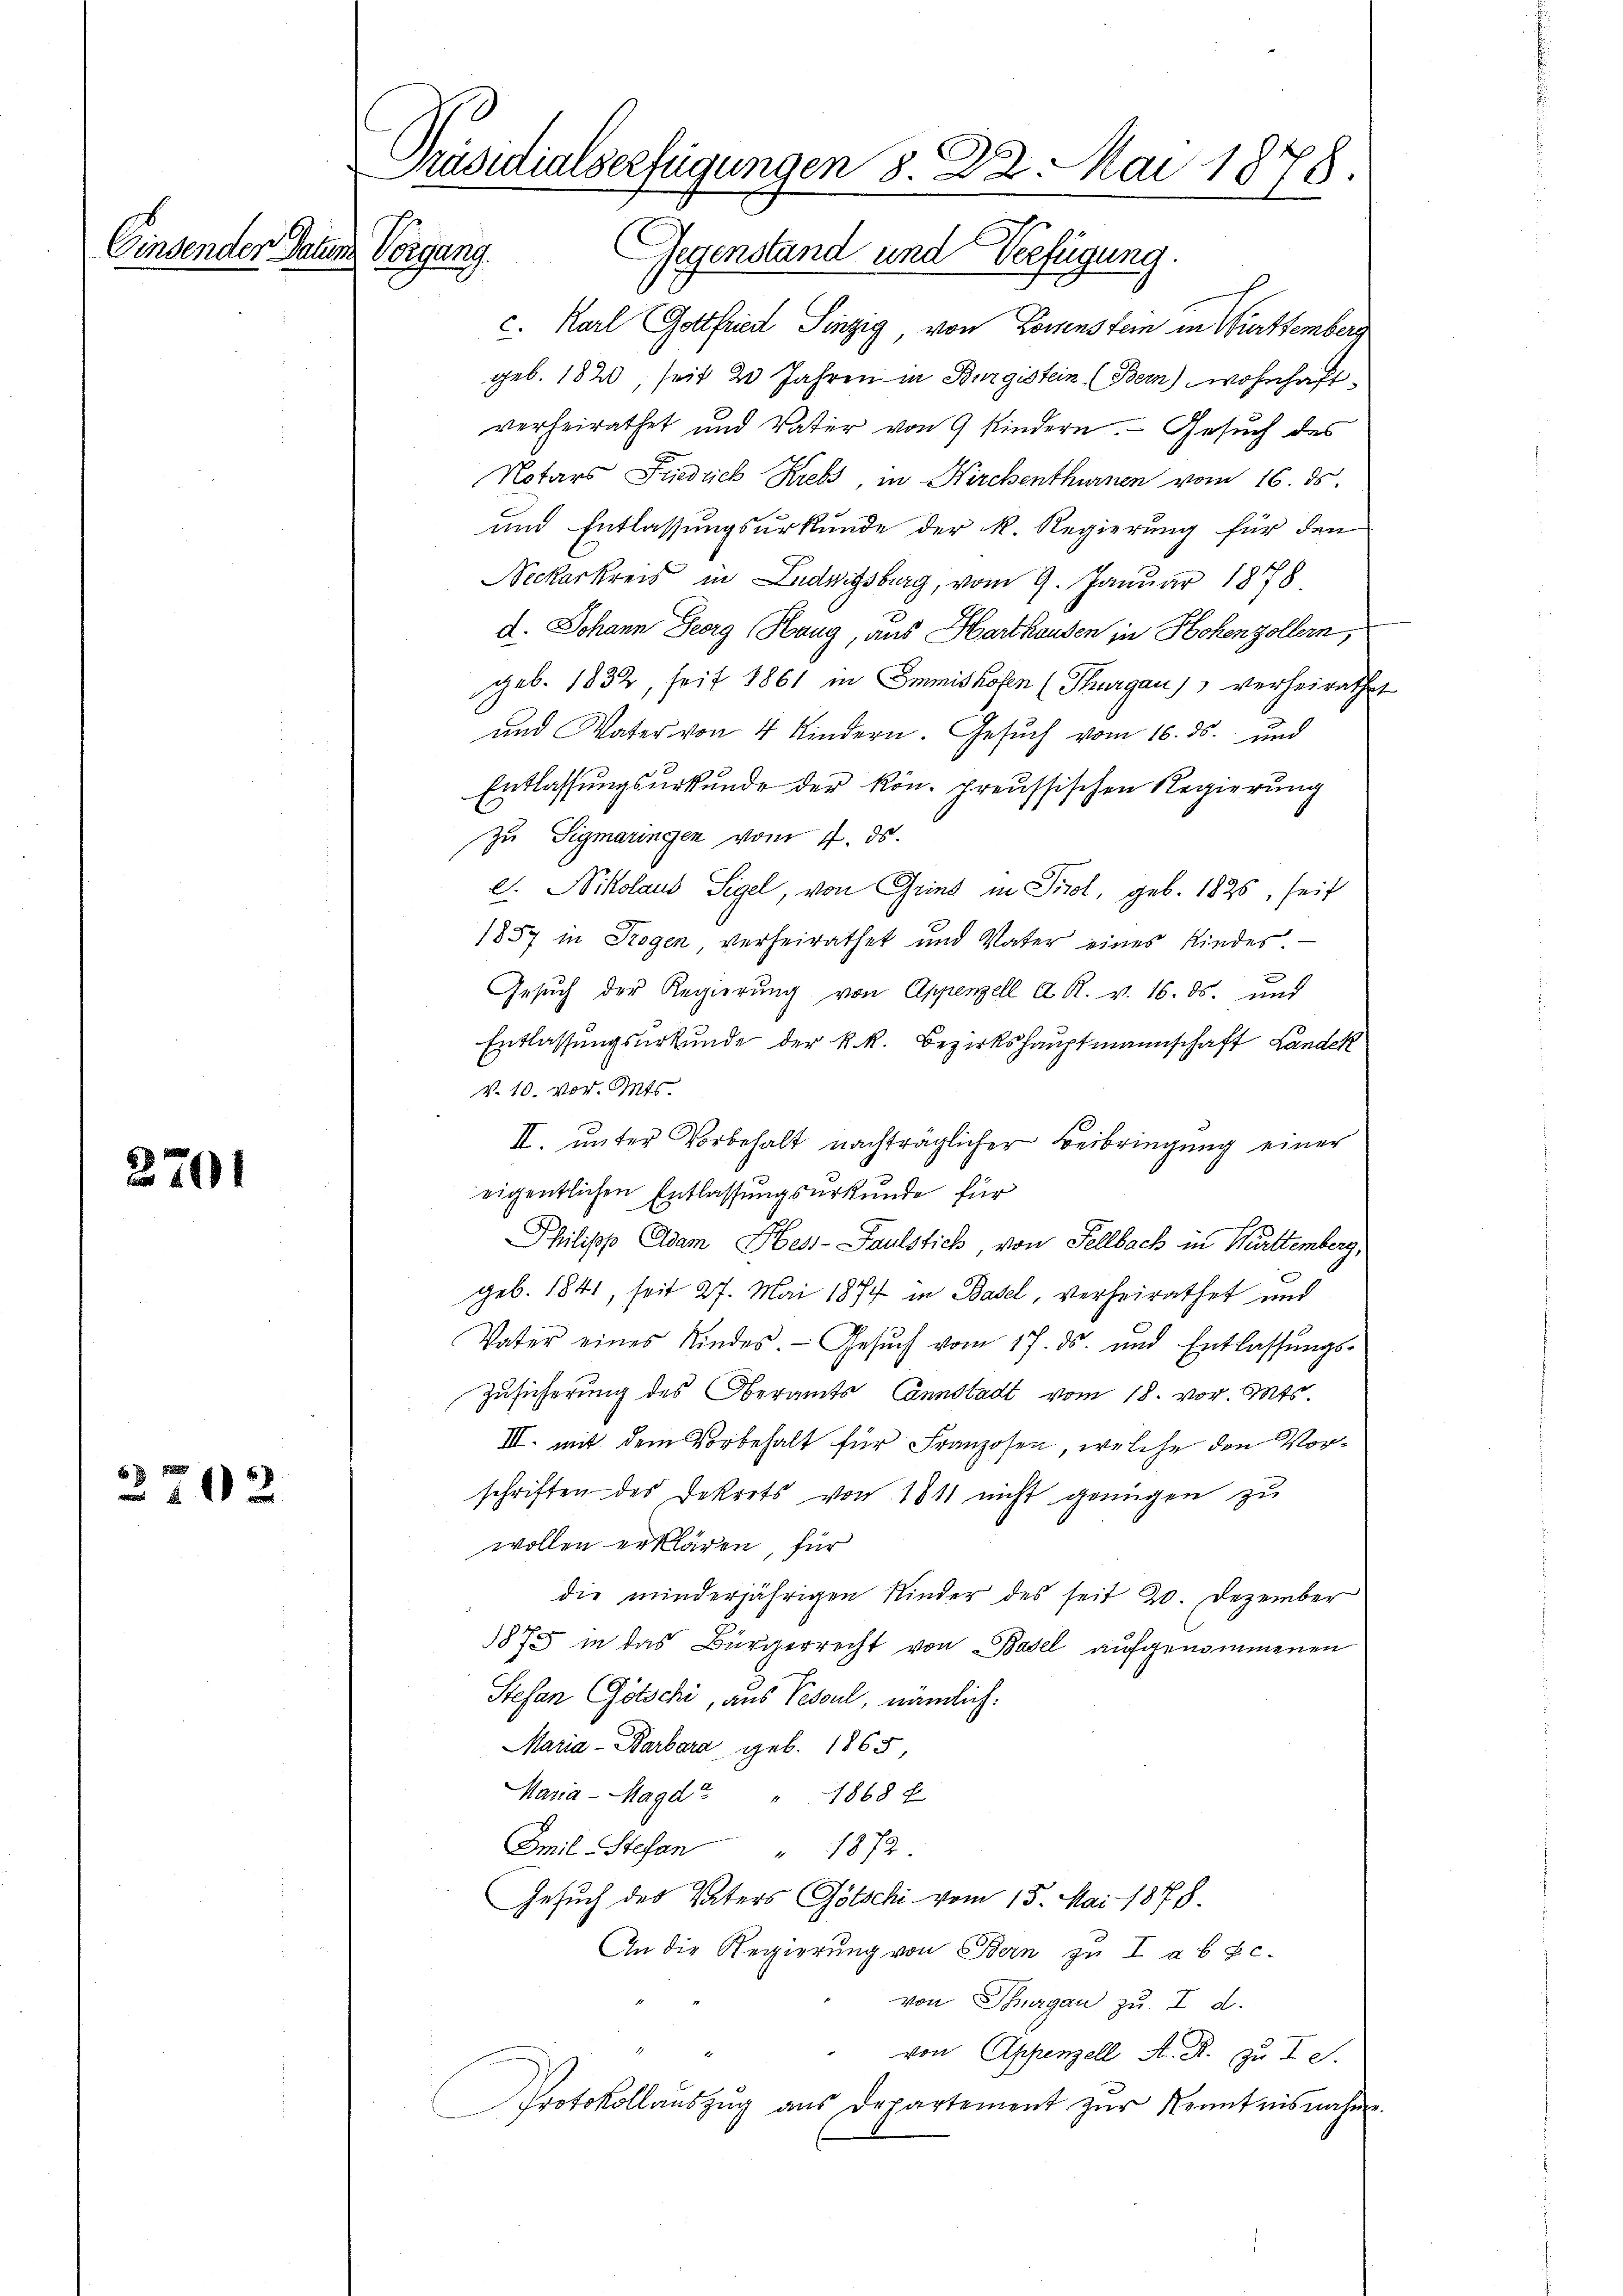
Einsender Datum

2701

2702

Präsidialverfügungen 8. 22. Mai 1878.
Vorgang. Gegenstand und Verfügung.

c. Karl Gottfried Sinzig, von Lossenstein in Württemberg
geb. 1820, seit 2 Jahren in Burgistein (Bern) wohnhaft.
verheirathet und Vater von 9 Kindern. Gesuch des
Notars Friedrich Krebs, in Kirchenthurnen vom 16. ds.
und Entlassungsurkunde der R. Regierung für den
Neckarkreis in Ludwigsburg, vom 9. Januar 1878
d. Johann Georg Haug, aus Harthausen in Hohenzollern,
geb. 1832, seit 1861 in Immishofen (Thurgau, verheirathe
und Vater von 4 Kindern. Gesŭch vom 10. ds. und
Entlassungsurkunde der kön. preussischen Regierung
zu Sigmaringen vom 7. ds.
l. Nikolaus Sigel, von Grind in Tirol, geb. 1825, seit
1857 in Rogen, verheirathet und Vater eines Kindes.
Gesuch der Regierung von Appenzell A. R. v. 16. ds. und
Entlassungsurkunde der k.k. Bezirkshauptmannschaft Landek
v. 10. vor. Mts.
II. unter Vorbehalt nachträglicher Beibringung einer
eigentlichen Entlassungsurkunde für
Philipp Adam Hess-Paulstich, von Fellbach in Württemberg,
geb. 1841, seit 27. Mai 1874 in Basel, verheirathet und
Vater eines Kindes. Gesŭch vom 17. ds. und Entlassŭngs-
Zusicherung des Oberamts Cannstadt vom 18. vor. Mts.
III. mit dem Vorbehalt für Franzosen, welche den Vorschriften des Dekrets von 1811 nicht genügen zu
wollen erklären, für
die minderjährigen Kinder des seit 20. Dezember
1875 in das Bürgerrecht von Basel aufgenommenen
Stefan Götschi, aus Pescul, nämlich:
Maria - Barbara geb. 1865,
Maria - Magd " " 1868 f
Emil Stefan " 1872
Gesuch des Vaters Götschi vom 15. Mai 1878.
An die Regierung von Bern zu I a b c.
von Thurgau zu I d.
von Appenzell A. R. zu I S.
Protokollaŭszŭg aŭs Departement zŭr Kenntnisnahme

2